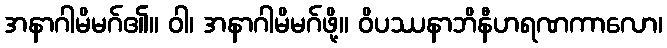
အနာဂါမိမဂ်၏။ ဝါ၊ အနာဂါမိမဂ်ဖို့။ ဝိပဿနာဘိနီဟရဏကာလော၊